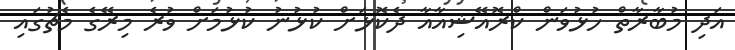
އަދި މުބާރާތް ހުޅުވަން ކްރޮއޭޝިއާއާ ދެކޮޅަށް ކުޅުނު ކުޅުމަށް ވުރެ މިރޭގެ މެޗުގައި